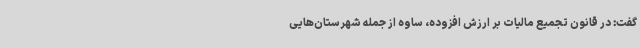
گفت: در قانون تجمیع مالیات بر ارزش افزوده، ساوه از جمله شهرستان‌هایی